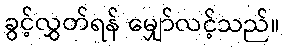
ခွင့်လွှတ်ရန် မျှော်လင့်သည်။